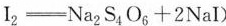
I_{ 2 } = Na_{ 2 } S_{ 4 }O_{ 6 } + 2NaI )$$